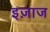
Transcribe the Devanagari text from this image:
इज़ाज